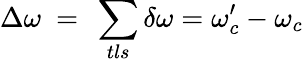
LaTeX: \Delta\omega\ =\ \sum_{tls}\delta\omega=\omega_{c}^{\prime}-\omega_{c}